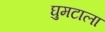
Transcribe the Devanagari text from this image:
घुमटाला